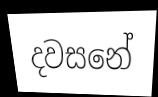
දවසනේ